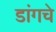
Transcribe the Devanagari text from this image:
डांगचे